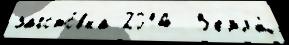
загото́вка 2014  З'емл'́й